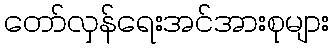
တော်လှန်ရေးအင်အားစုများ